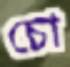
চো